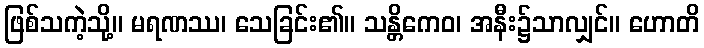
ဖြစ်သကဲ့သို့။ မရဏဿ၊ သေခြင်း၏။ သန္တိကေဝ၊ အနီး၌သာလျှင်။ ဟောတိ